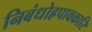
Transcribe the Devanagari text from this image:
निबंधोह्रपावकारि